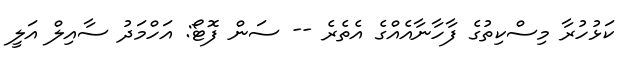
ކަޅުހުރާ މިސްކިތުގެ ފާހާނާއެއްގެ އެތެރެ -- ސަން ފޮޓޯ: އަހްމަދު ސާއިލް އަލީ